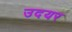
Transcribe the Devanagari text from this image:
उदयर